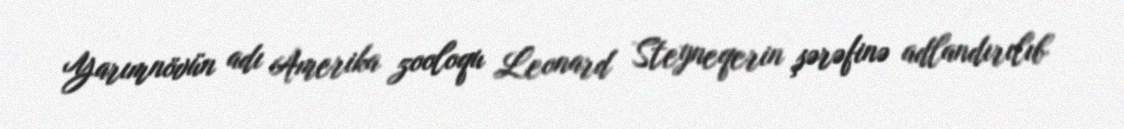
Yarımnövün adı Amerika zooloqu Leonard Steyneqerin şərəfinə adlandırılıb